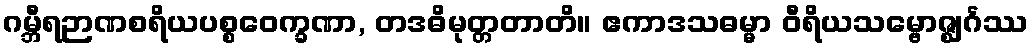
ဂမ္ဘီရဉာဏစရိယပစ္စဝေက္ခဏာ, တဒဓိမုတ္တတာတိ။ ဧကာဒသဓမ္မာ ဝီရိယသမ္ဗောဇ္ဈင်္ဂဿ